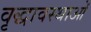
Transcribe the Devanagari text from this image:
वृद्धावस्थाओं